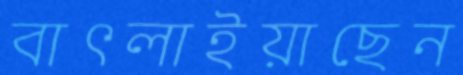
বাৎলাইয়াছেন